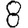
Digit: 8